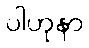
ပါဟုနာ